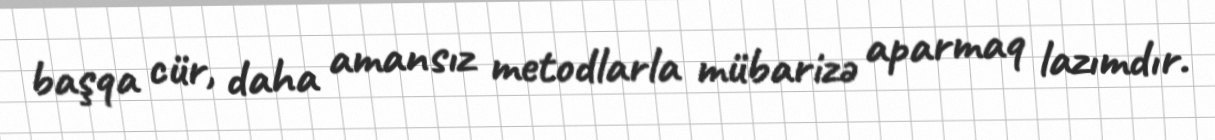
başqa cür, daha amansız metodlarla mübarizə aparmaq lazımdır.